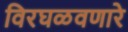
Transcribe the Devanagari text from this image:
विरघळवणारे